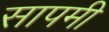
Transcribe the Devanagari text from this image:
सापमी